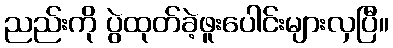
ညည်းကို ပွဲထုတ်ခဲ့ဖူးပေါင်းများလှပြီ။